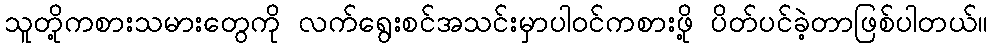
သူတို့ကစားသမားတွေကို လက်ရွေးစင်အသင်းမှာပါဝင်ကစားဖို့ ပိတ်ပင်ခဲ့တာဖြစ်ပါတယ်။